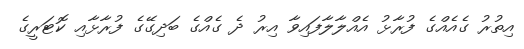
އިތުރު ގެއެއްގެ ފުރާޅު އެއްލާލާފައިވާ އިރު ދެ ގެއްގެ ބަދިގޭގެ ފުރާޅާއި ކޮޓަރީގެ